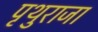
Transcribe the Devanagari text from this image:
पृथुराजा